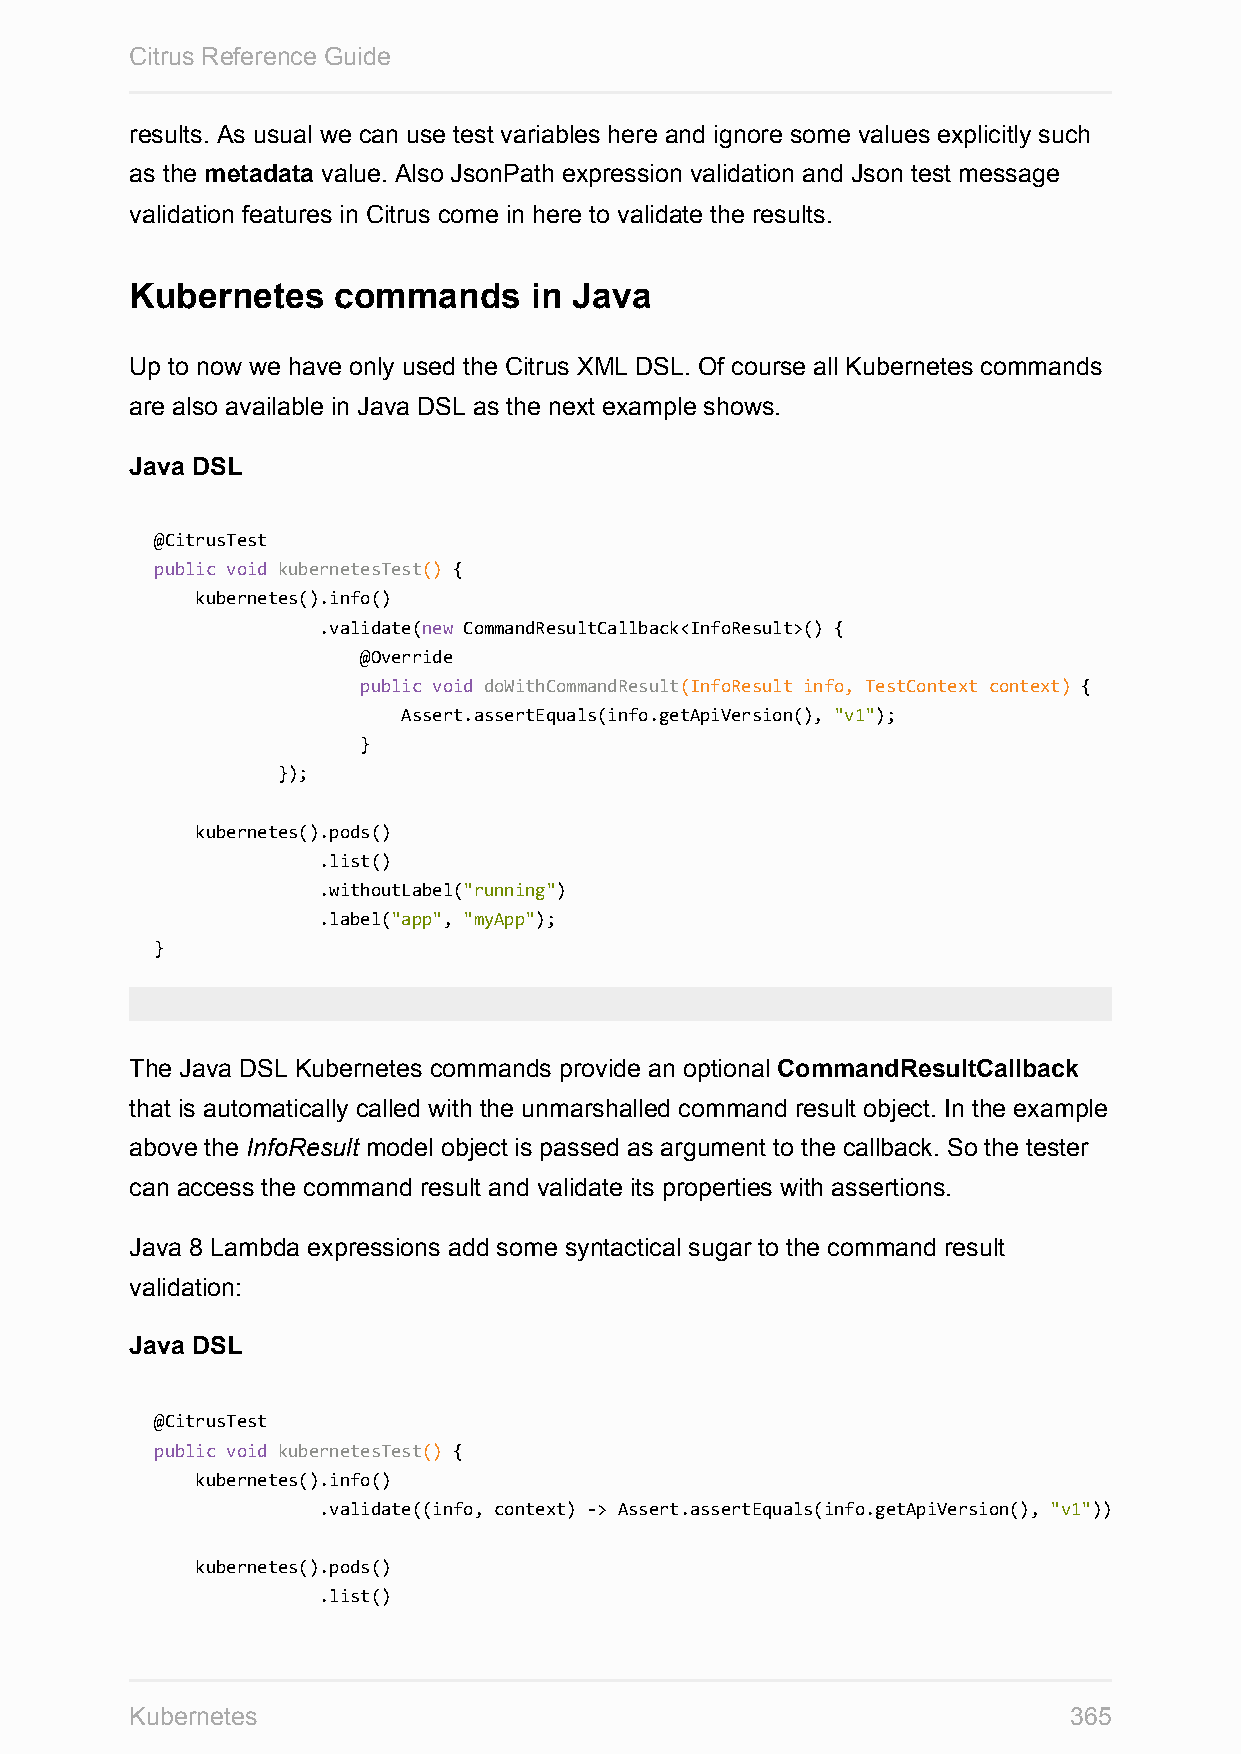
Citrus Reference Guide
 results. As usual we can use test variables here and ignore some values explicitly such
 as the metadata value. Also JsonPath expression validation and Json test message
 validation features in Citrus come in here to validate the results.
 Kubernetes   commands     in Java
 Up to now we have only used the Citrus XML DSL. Of course all Kubernetes commands
 are also available in Java DSL as the next example shows.
 Java DSL
 @CitrusTest
 public void kubernetesTest() {
 kubernetes().info()
 .validate(new CommandResultCallback<InfoResult>() {
 @Override
 public void doWithCommandResult(InfoResult info, TestContext context) {
 Assert.assertEquals(info.getApiVersion(), "v1");
 }
 });
 kubernetes().pods()
 .list()
 .withoutLabel("running")
 .label("app", "myApp");
 }
 The Java DSL Kubernetes commands provide an optional CommandResultCallback
 that is automatically called with the unmarshalled command result object. In the example
 above the InfoResult model object is passed as argument to the callback. So the tester
 can access the command result and validate its properties with assertions.
 Java 8 Lambda expressions add some syntactical sugar to the command result
 validation:
 Java DSL
 @CitrusTest
 public void kubernetesTest() {
 kubernetes().info()
 .validate((info, context) -> Assert.assertEquals(info.getApiVersion(), "v1"));
 kubernetes().pods()
 .list()
 Kubernetes                                                    365